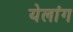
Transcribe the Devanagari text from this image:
येलांग